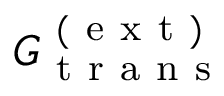
G _ { \mathrm { ~ t ~ r ~ a ~ n ~ s ~ } } ^ { \mathrm { ~ ( ~ e ~ x ~ t ~ ) ~ } }